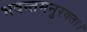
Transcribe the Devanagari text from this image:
भवन्तमनुरक्ता।